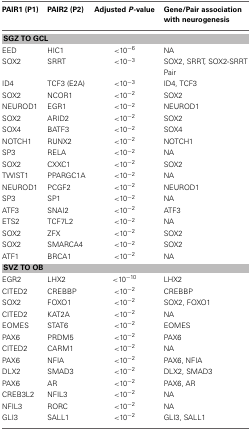
<table><thead><tr><td><b>PAIR1 (P1)</b></td><td><b>PAIR2 (P2)</b></td><td><b>Adjusted <i>P</i>-value</b></td><td><b>Gene/Pair association with neurogenesis</b></td></tr></thead><tbody><tr><td colspan="4"><b>SGZ TO GCL</b></td></tr><tr><td>EED</td><td>HIC1</td><td>&lt;10<sup>−6</sup></td><td>NA</td></tr><tr><td>SOX2</td><td>SRRT</td><td>&lt;10<sup>−3</sup></td><td>SOX2, SRRT, SOX2-SRRT Pair</td></tr><tr><td>ID4</td><td>TCF3 (E2A)</td><td>&lt;10<sup>−3</sup></td><td>ID4, TCF3</td></tr><tr><td>SOX2</td><td>NCOR1</td><td>&lt;10<sup>−2</sup></td><td>SOX2</td></tr><tr><td>NEUROD1</td><td>EGR1</td><td>&lt;10<sup>−2</sup></td><td>NEUROD1</td></tr><tr><td>SOX2</td><td>ARID2</td><td>&lt;10<sup>−2</sup></td><td>SOX2</td></tr><tr><td>SOX4</td><td>BATF3</td><td>&lt;10<sup>−2</sup></td><td>SOX4</td></tr><tr><td>NOTCH1</td><td>RUNX2</td><td>&lt;10<sup>−2</sup></td><td>NOTCH1</td></tr><tr><td>SP3</td><td>RELA</td><td>&lt;10<sup>−2</sup></td><td>NA</td></tr><tr><td>SOX2</td><td>CXXC1</td><td>&lt;10<sup>−2</sup></td><td>SOX2</td></tr><tr><td>TWIST1</td><td>PPARGC1A</td><td>&lt;10<sup>−2</sup></td><td>NA</td></tr><tr><td>NEUROD1</td><td>PCGF2</td><td>&lt;10<sup>−2</sup></td><td>NEUROD1</td></tr><tr><td>SP3</td><td>SP1</td><td>&lt;10<sup>−2</sup></td><td>NA</td></tr><tr><td>ATF3</td><td>SNAI2</td><td>&lt;10<sup>−2</sup></td><td>ATF3</td></tr><tr><td>ETS2</td><td>TCF7L2</td><td>&lt;10<sup>−2</sup></td><td>NA</td></tr><tr><td>SOX2</td><td>ZFX</td><td>&lt;10<sup>−2</sup></td><td>SOX2</td></tr><tr><td>SOX2</td><td>SMARCA4</td><td>&lt;10<sup>−2</sup></td><td>SOX2</td></tr><tr><td>ATF1</td><td>BRCA1</td><td>&lt;10<sup>−2</sup></td><td>NA</td></tr><tr><td colspan="4"><b>SVZ TO OB</b></td></tr><tr><td>EGR2</td><td>LHX2</td><td>&lt;10<sup>−10</sup></td><td>LHX2</td></tr><tr><td>CITED2</td><td>CREBBP</td><td>&lt;10<sup>−2</sup></td><td>CREBBP</td></tr><tr><td>SOX2</td><td>FOXO1</td><td>&lt;10<sup>−2</sup></td><td>SOX2, FOXO1</td></tr><tr><td>CITED2</td><td>KAT2A</td><td>&lt;10<sup>−2</sup></td><td>NA</td></tr><tr><td>EOMES</td><td>STAT6</td><td>&lt;10<sup>−2</sup></td><td>EOMES</td></tr><tr><td>PAX6</td><td>PRDM5</td><td>&lt;10<sup>−2</sup></td><td>PAX6</td></tr><tr><td>CITED2</td><td>CARM1</td><td>&lt;10<sup>−2</sup></td><td>NA</td></tr><tr><td>PAX6</td><td>NFIA</td><td>&lt;10<sup>−2</sup></td><td>PAX6, NFIA</td></tr><tr><td>DLX2</td><td>SMAD3</td><td>&lt;10<sup>−2</sup></td><td>DLX2, SMAD3</td></tr><tr><td>PAX6</td><td>AR</td><td>&lt;10<sup>−2</sup></td><td>PAX6, AR</td></tr><tr><td>CREB3L2</td><td>NFIL3</td><td>&lt;10<sup>−2</sup></td><td>NA</td></tr><tr><td>NFIL3</td><td>RORC</td><td>&lt;10<sup>−2</sup></td><td>NA</td></tr><tr><td>GLI3</td><td>SALL1</td><td>&lt;10<sup>−2</sup></td><td>GLI3, SALL1</td></tr></tbody></table>